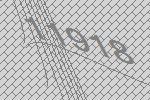
11918